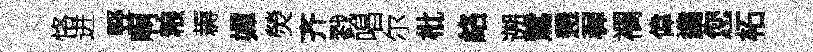
恪进竪啊粮耨嬋熒齐戮唱尔枇絡遡鷥懇穉襴偉鷁您柘